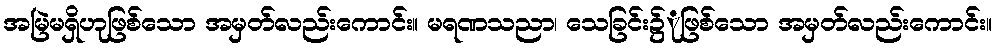
အမြဲမရှိဟုဖြစ်သော အမှတ်လည်းကောင်း။ မရဏသညာ၊ သေခြင်း၌ုဖြစ်သော အမှတ်လည်းကောင်း။